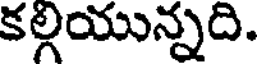
కల్గయున్నది.